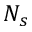
N _ { s }